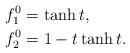
LaTeX: \begin{align*}f^0_1 &= \tanh{t},\\f^0_2 &= 1-t\tanh{t}.\end{align*}